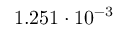
1 . 2 5 1 \cdot 1 0 ^ { - 3 }